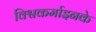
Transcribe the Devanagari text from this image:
विश्वकर्माइनके